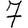
Digit: 7